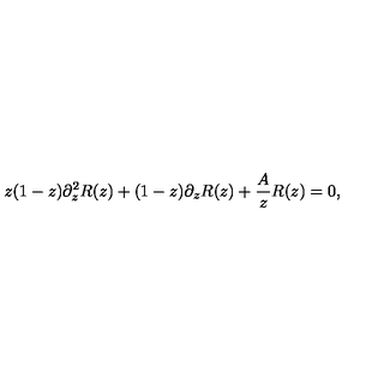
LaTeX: z ( 1 - z ) \partial _ { z } ^ { 2 } R ( z ) + ( 1 - z ) \partial _ { z } R ( z ) + \frac { A } { z } R ( z ) = 0 ,